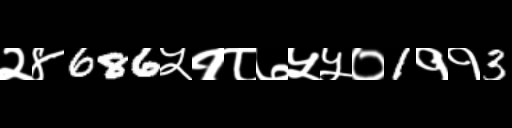
Text: २४686५१८७५५०1११3